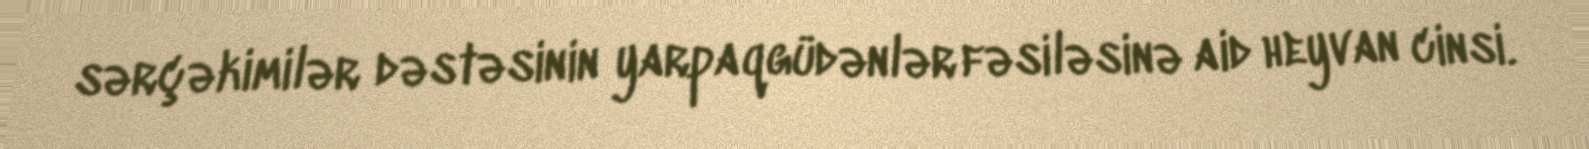
sərçəkimilər dəstəsinin yarpaqgüdənlər fəsiləsinə aid heyvan cinsi.